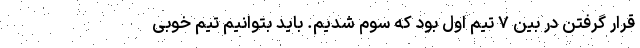
قرار گرفتن در بین ۷ تیم اول بود که سوم شدیم. باید بتوانیم تیم خوبی